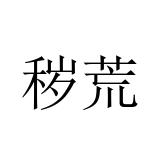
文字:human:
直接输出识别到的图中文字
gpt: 秽荒